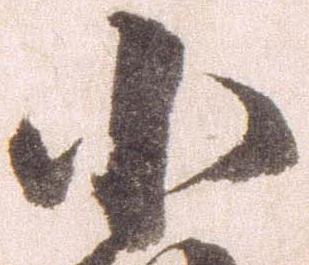
小